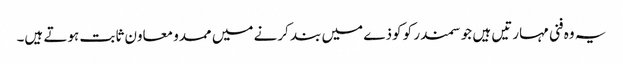
یہ وہ فنی مہارتیں ہیں جو سمندر کو کوذے میں بند کرنے میں ممدو معاون ثابت ہوتے ہیں۔